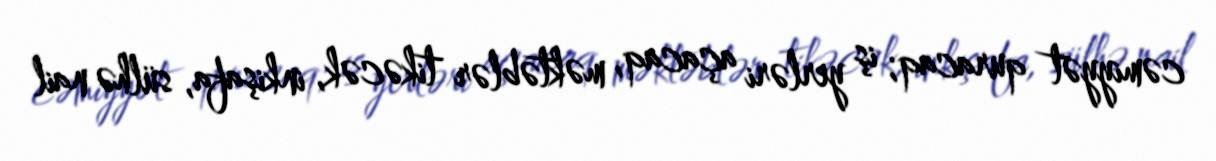
cəmiyyət quracaq; iş yerləri açacaq, məktəblər tikəcək, inkişafa, sülhə nail